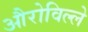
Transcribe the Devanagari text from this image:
औरोविल्ले